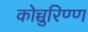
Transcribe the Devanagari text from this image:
कोच्चुरिण्ण